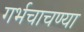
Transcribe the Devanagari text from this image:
गर्भचाचण्या